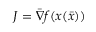
J = { \bar { \nabla } } f ( x ( { \bar { x } } ) )